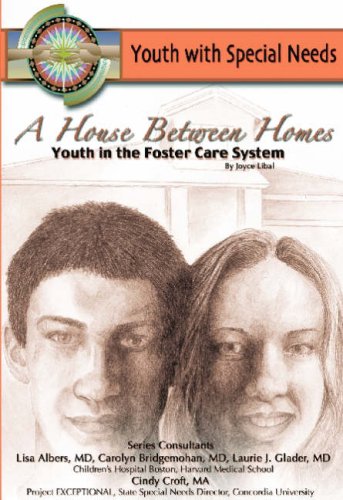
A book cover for A House Between Homes: Youth in the Foster Care System (Youth with Special Needs); Joyce Libal; Teen & Young Adult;